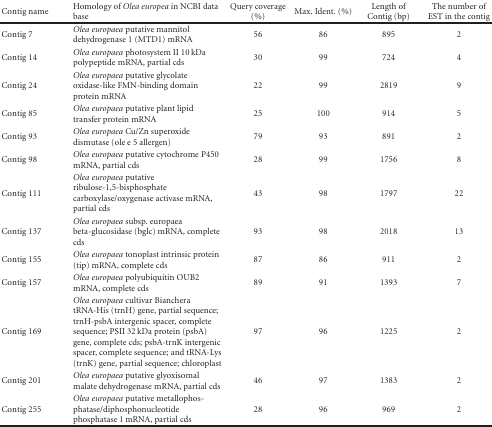
<table><thead><tr><td><b>Contig name</b></td><td><b>Homology of <i>Olea europea </i>in NCBI data base</b></td><td><b>Query coverage (%)</b></td><td><b>Max. Ident. (%)</b></td><td><b>Length of Contig (bp)</b></td><td><b>The number of EST in the contig</b></td></tr></thead><tbody><tr><td>Contig 7</td><td><i>Olea europaea</i> putative mannitol dehydrogenase 1 (MTD1) mRNA</td><td>56</td><td>86</td><td>895</td><td>2</td></tr><tr><td>Contig 14</td><td><i>Olea europaea</i> photosystem II 10 kDa polypeptide mRNA, partial cds</td><td>30</td><td>99</td><td>724</td><td>4</td></tr><tr><td>Contig 24</td><td><i>Olea europaea</i> putative glycolate oxidase-like FMN-binding domain protein mRNA</td><td>22</td><td>99</td><td>2819</td><td>9</td></tr><tr><td>Contig 85</td><td><i>Olea europaea</i> putative plant lipid transfer protein mRNA</td><td>25</td><td>100</td><td>914</td><td>5</td></tr><tr><td>Contig 93</td><td><i>Olea europaea</i> Cu/Zn superoxide dismutase (ole e 5 allergen)</td><td>79</td><td>93</td><td>891</td><td>2</td></tr><tr><td>Contig 98</td><td><i>Olea europaea</i> putative cytochrome P450 mRNA, partial cds</td><td>28</td><td>99</td><td>1756</td><td>8</td></tr><tr><td>Contig 111</td><td><i>Olea europaea</i> putative ribulose-1,5-bisphosphate carboxylase/oxygenase activase mRNA, partial cds</td><td>43</td><td>98</td><td>1797</td><td>22</td></tr><tr><td>Contig 137</td><td><i>Olea europaea</i> subsp. europaea beta-glucosidase (bglc) mRNA, complete cds</td><td>93</td><td>98</td><td>2018</td><td>13</td></tr><tr><td>Contig 155</td><td><i>Olea europaea</i> tonoplast intrinsic protein (tip) mRNA, complete cds</td><td>87</td><td>86</td><td>911</td><td>2</td></tr><tr><td>Contig 157</td><td><i>Olea europaea</i> polyubiquitin OUB2 mRNA, complete cds</td><td>89</td><td>91</td><td>1393</td><td>7</td></tr><tr><td>Contig 169</td><td><i>Olea europaea</i> cultivar Bianchera tRNA-His (trnH) gene, partial sequence; trnH-psbA intergenic spacer, complete sequence; PSII 32 kDa protein (psbA) gene, complete cds; psbA-trnK intergenic spacer, complete sequence; and tRNA-Lys (trnK) gene, partial sequence; chloroplast</td><td>97</td><td>96</td><td>1225</td><td>2</td></tr><tr><td>Contig 201</td><td><i>Olea europaea</i> putative glyoxisomal malate dehydrogenase mRNA, partial cds</td><td>46</td><td>97</td><td>1383</td><td>2</td></tr><tr><td>Contig 255</td><td><i>Olea europaea</i> putative metallophosphatase/diphosphonucleotide phosphatase 1 mRNA, partial cds</td><td>28</td><td>96</td><td>969</td><td>2</td></tr></tbody></table>